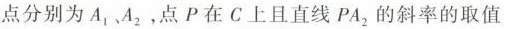
点分别为A_{1}、A_{2}，点P在C上且直线PA_{2}的斜率的取值